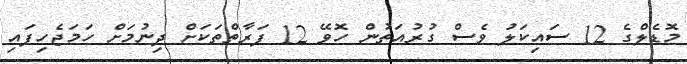
މޮޑެލްގެ 12 ސައިކަލު ވެސް ގުރުއަތުން ހޮވޭ 12 ފަރާތްތަކަށް ދިނުމަށް ހަމަޖެހިފައި